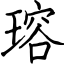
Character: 瑢